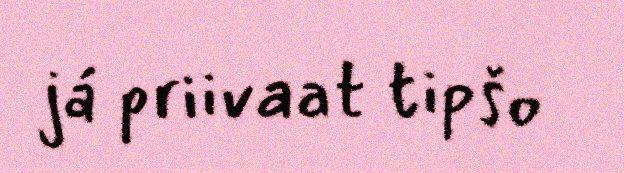
já priivaat tipšo